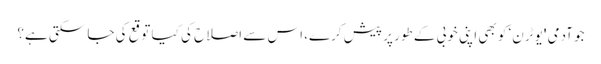
جو آدمی 'یو ٹرن‘ کو بھی اپنی خوبی کے طور پر پیش کرے، اس سے اصلاح کی کیا توقع کی جا سکتی ہے؟